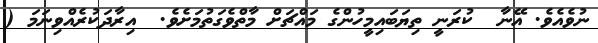
ނުވެއެވެ. އޭނާ  ކުރަނީ ތިޔަބައިމީހުންގެ މައްޗަށް މާތްވެގަތުމަށެވެ.  އިރާދަކުރެއްވިނަމަ (